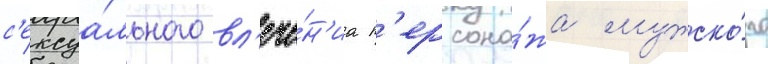
с'ексуа́льного вл'ече́н'иа п'ерсона́жа мужско́го